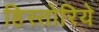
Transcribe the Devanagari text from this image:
हिस्तोरिये